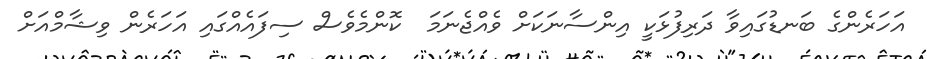
އަހަރެންގެ ބަނޑުގައިވާ ދަރިފުޅަކީ އިންސާނަކަށް ވެއްޖެނަމަ  ކޮންމެވެސް ސިފައެއްގައި އަހަރެން ވިޝާމްއަށް